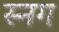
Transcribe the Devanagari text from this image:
स्नग